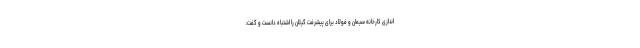
اندازی کارخانه سیمان و فولاد برای پیشرفت گیلان را اشتباه دانست و گفت: